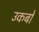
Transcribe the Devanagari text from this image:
उकबो